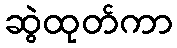
ဆွဲထုတ်ကာ